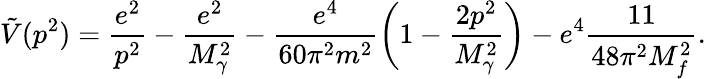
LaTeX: \tilde{V}(p^{2})=\frac{e^{2}}{p^{2}}-\frac{e^{2}}{M_{\gamma}^{2}}-\frac{e^{4}}{60\pi^{2}m^{2}}\biggl(1-\frac{2p^{2}}{M_{\gamma}^{2}}\biggr)-e^{4}\frac{11}{48\pi^{2}M_{f}^{2}}.